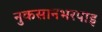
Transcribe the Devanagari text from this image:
नुकसानभरपाइ